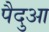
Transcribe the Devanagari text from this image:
पैदुआ